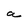
Character: a